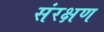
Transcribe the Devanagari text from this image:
संरक्षण